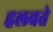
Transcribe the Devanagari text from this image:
हलवते